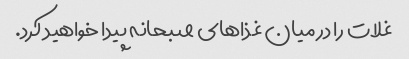
غلات را در میان غذاهای صبحانه پیدا خواهید کرد.